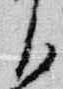
臣